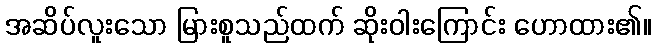
အဆိပ်လူူးသော မြားစူသည်ထက် ဆိုးဝါးကြောင်း ဟောထား၏။